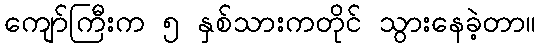
ကျော်ကြီးက ၅ နှစ်သားကတိုင် သွားနေခဲ့တာ။